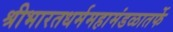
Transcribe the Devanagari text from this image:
श्रीभारतधर्ममहामंडळातर्फे